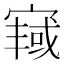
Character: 𫳿